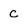
Character: C